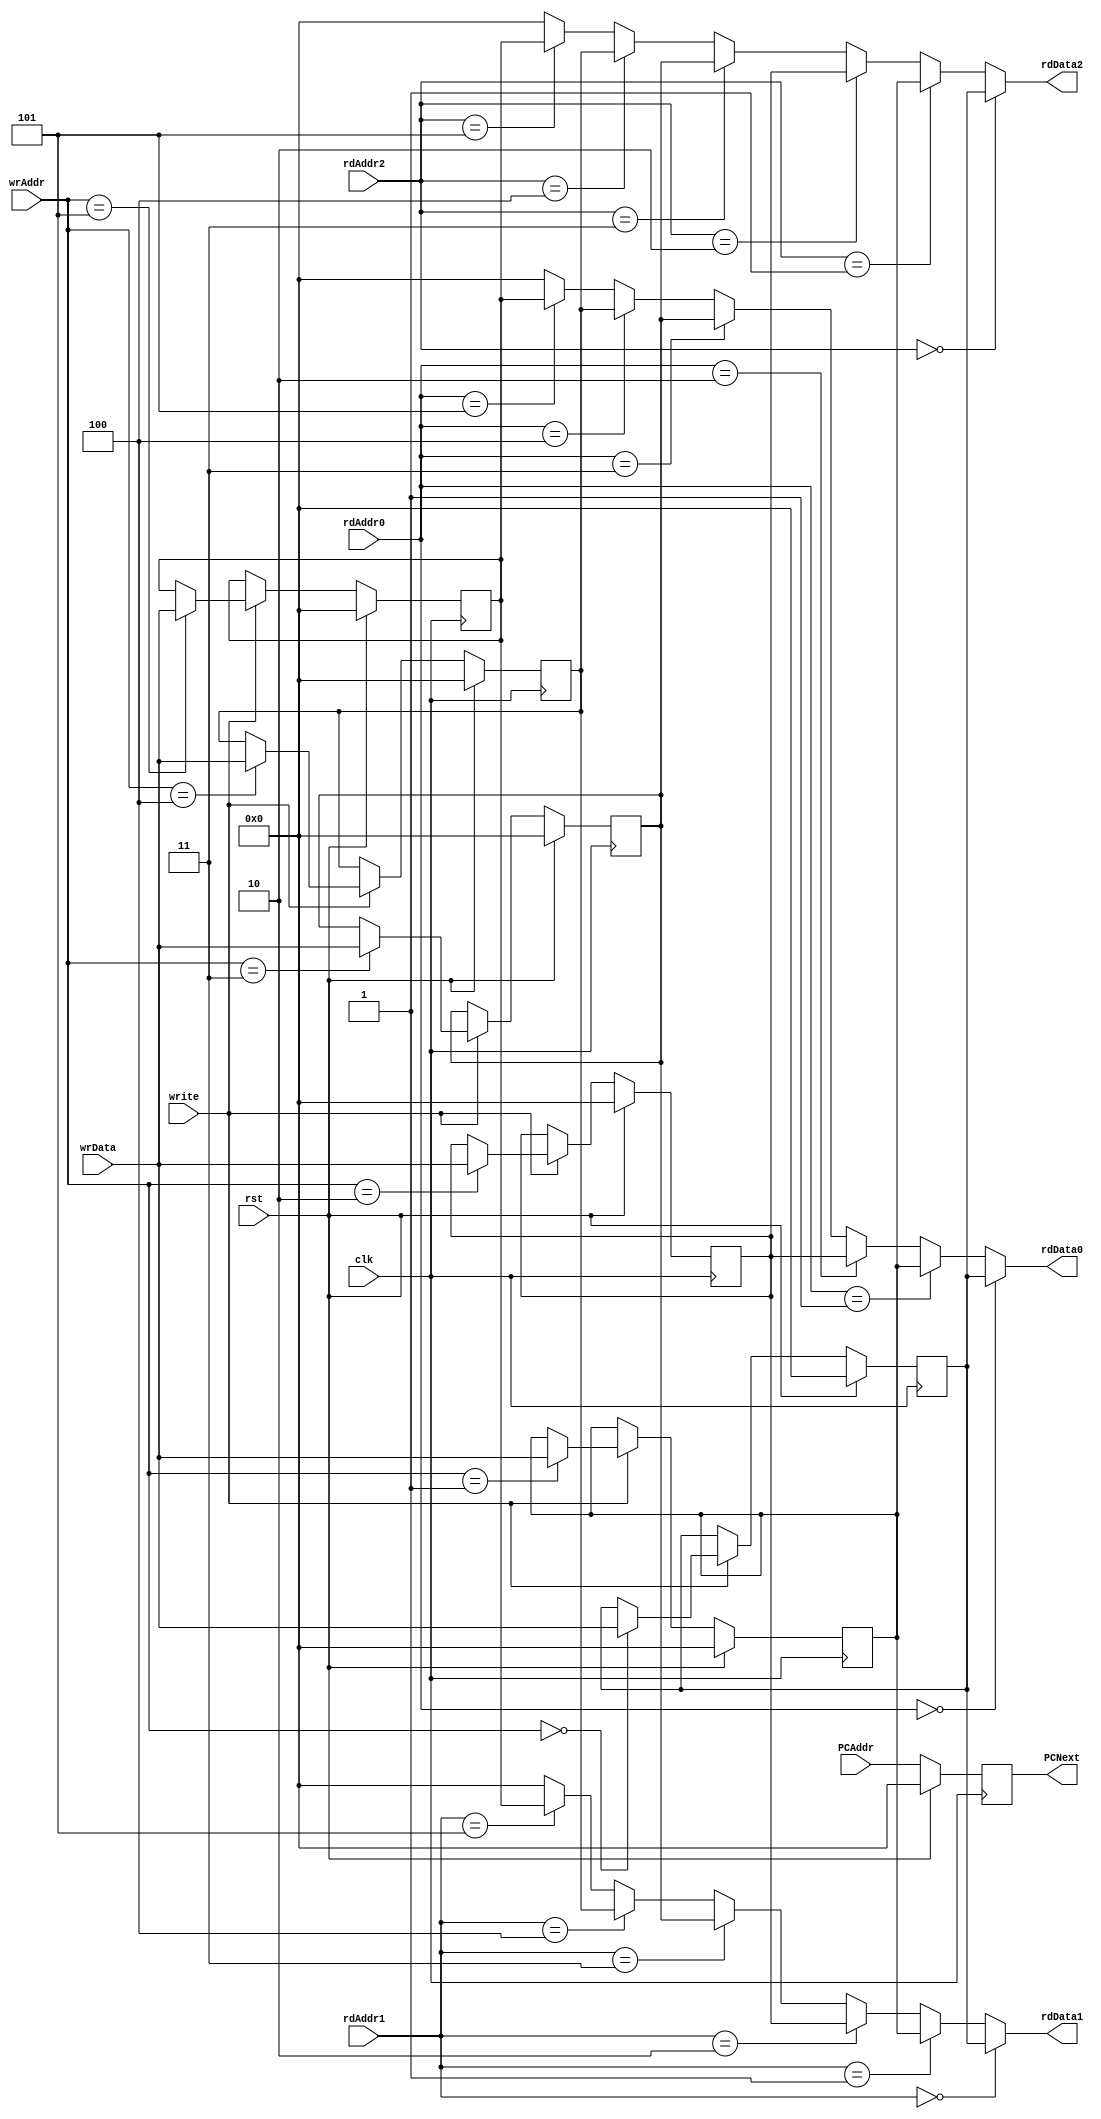
`timescale 1ns / 1ns

module regfile
  (input clk,
   input rst,
   input write,
   input [5:0] wrAddr,
   input [15:0] wrData,
	
   input [5:0] rdAddr0,
	input [5:0] rdAddr1,
	input [5:0] rdAddr2,
	
	input [15:0] PCAddr,
	
   output [15:0] rdData0,
	output [15:0] rdData1,
	output [15:0] rdData2,
	
	output [15:0] PCNext);

   reg [15:0] 	 reg0, reg1, reg2, reg3, reg4, reg5, reg6;

   assign rdData0 = rdAddr0 == 0 ? reg0 :
		    rdAddr0 == 1 ? reg1 :
		    rdAddr0 == 2 ? reg2 :
		    rdAddr0 == 3 ? reg3 : 
			 rdAddr0 == 4 ? reg4 : 
			 rdAddr0 == 5 ? reg5 : 0;
	
	assign rdData1 = rdAddr1 == 0 ? reg0 :
		    rdAddr1 == 1 ? reg1 :
		    rdAddr1 == 2 ? reg2 :
		    rdAddr1 == 3 ? reg3 : 
			 rdAddr1 == 4 ? reg4 :
			 rdAddr1 == 5 ? reg5 : 0;
	
	assign rdData2 = rdAddr2 == 0 ? reg0 :
		    rdAddr2 == 1 ? reg1 :
		    rdAddr2 == 2 ? reg2 :
		    rdAddr2 == 3 ? reg3 : 
			 rdAddr2 == 4 ? reg4 :
			 rdAddr2 == 5 ? reg5 : 0;
	
	assign PCNext = reg6;
	initial
		begin
			 reg0 = 0;
			 reg1 = 0;
			 reg2 = 0;
			 reg3 = 0;
			 reg4 = 0;
			 reg5 = 0;
			 reg6 = 0;
		end
   always @(posedge clk) begin
	if (!rst) begin
		reg6 <= PCAddr;
			if (write) 
		case (wrAddr) 
		  0: begin
			  reg0 <= wrData;
		  end
		  1: begin
			  reg1 <= wrData;
		  end
		  2: begin
			  reg2 <= wrData;
		  end
		  3: begin
			  reg3 <= wrData;
		  end
		  4: begin
			  reg4 <= wrData;
		  end
		  5: begin
			  reg5 <= wrData;
		  end
		endcase
	end
	else begin
		reg0 <= 0;
		reg1 <= 0;
		reg2 <= 0;
		reg3 <= 0;
		reg4 <= 0;
		reg5 <= 0;
		reg6 <= 0;
	end
   end // always @ (posedge clk)
endmodule